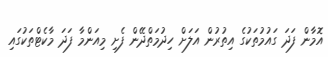
އޮމާން ފަދަ ގައުމުތަކުގެ އިތުރުން އަލަށް ހިދުމަތްދޭން ފެށި މިއަންމާ ފަދަ މާކެޓްތަކުގައި